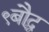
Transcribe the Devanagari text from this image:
९बौद्ध